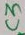
Text: C3